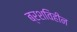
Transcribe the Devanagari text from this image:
ब्रशविहीन